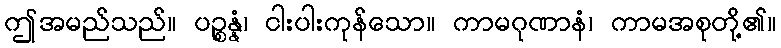
ဤအမည်သည်။ ပဉ္စန္နံ၊ ငါးပါးကုန်သော။ ကာမဂုဏာနံ၊ ကာမအစုတို့၏။